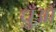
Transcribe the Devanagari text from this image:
धुँआँ